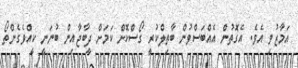
އަމާޒުވި އެވެ. އެގޮތުން އެއްބަސްވުން ބާތިލްކުރީ ގޯސްކޮށް ކަމަށް ދީބާޖާއިން ބުނަނީ ކީއްވެގެންތޯ